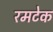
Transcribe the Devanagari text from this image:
रमटेक